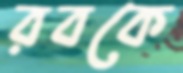
রবকে